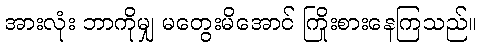
အားလုံး ဘာကိုမျှ မတွေးမိအောင် ကြိုးစားနေကြသည်။